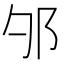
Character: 𲆏